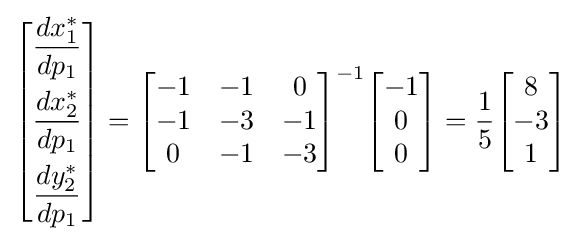
{\begin{bmatrix}{\dfrac {dx_{1}^{*}}{dp_{1}}}\\[2.2ex]{\dfrac {dx_{2}^{*}}{dp_{1}}}\\[2.2ex]{\dfrac {dy_{2}^{*}}{dp_{1}}}\end{bmatrix}}={\begin{bmatrix}-1&-1&0\\-1&-3&-1\\0&-1&-3\end{bmatrix}}^{-1}{\begin{bmatrix}-1\\0\\0\end{bmatrix}}={\frac {1}{5}}{\begin{bmatrix}8\\-3\\1\end{bmatrix}}